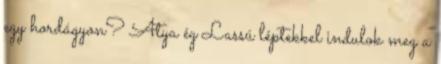
egy hordágyon? Atya ég Lassú léptekkel indulok meg a